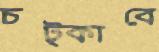
চট্‌কাবে